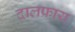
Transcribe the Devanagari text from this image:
दालफ्राय